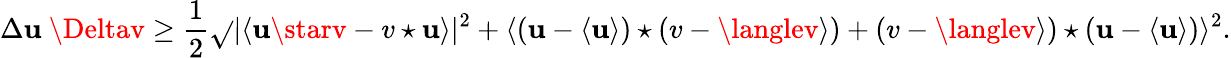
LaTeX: \Delta\mathbf{u}~\Deltav\geq\frac{{1}}{{2}}\sqrt{}{{|\langle\mathbf{u}\starv-v\star\mathbf{u}\rangle|^{2}+\langle(\mathbf{u}-\langle\mathbf{u}\rangle)\star(v-\langlev\rangle)+(v-\langlev\rangle)\star(\mathbf{u}-\langle\mathbf{u}\rangle)\rangle^{2}}}.